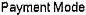
PAYMENT MODE